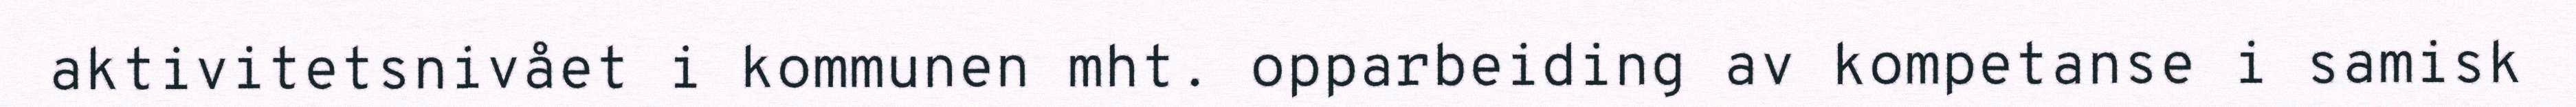
aktivitetsnivået i kommunen mht. opparbeiding av kompetanse i samisk